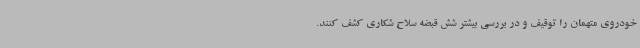
خودروی متهمان را توقیف و در بررسی بیشتر شش قبضه سلاح شکاری کشف کنند.